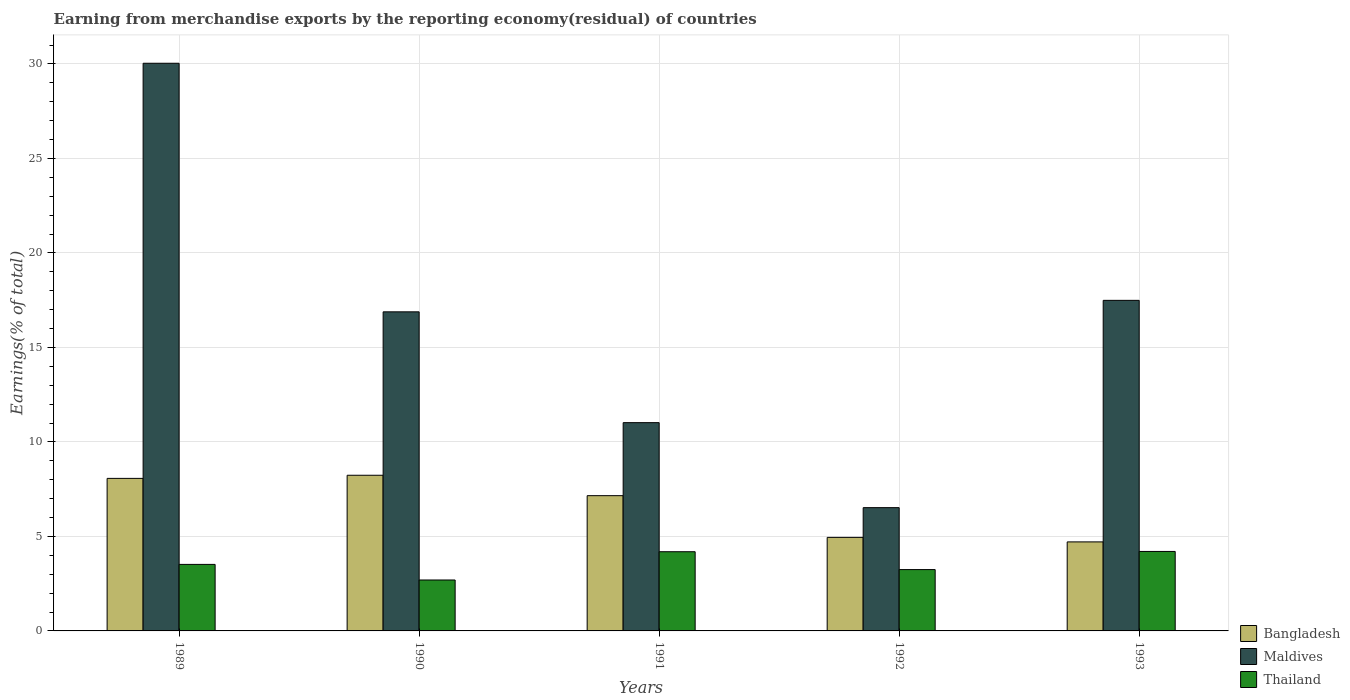
| Years | Bangladesh | Maldives | Thailand |
 | --- | --- | --- | --- |
 | 1989 | 8.07 | 30 | 3.52 |
 | 1990 | 8.24 | 16.9 | 2.69 |
 | 1991 | 7.16 | 11 | 4.19 |
 | 1992 | 4.95 | 6.52 | 3.25 |
 | 1993 | 4.71 | 17.5 | 4.21 |